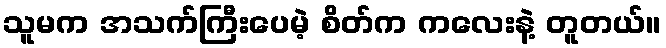
သူမက အသက်ကြီးပေမဲ့ စိတ်က ကလေးနဲ့ တူတယ်။